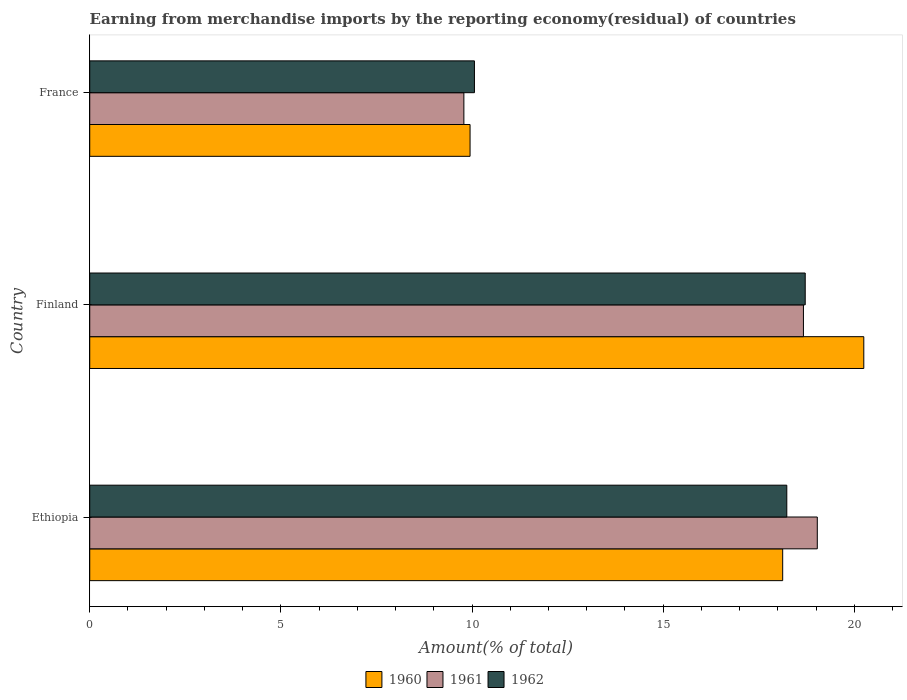
| Country | 1960 | 1961 | 1962 |
 | --- | --- | --- | --- |
 | Ethiopia | 18.1 | 19 | 18.2 |
 | Finland | 20.2 | 18.7 | 18.7 |
 | France | 9.95 | 9.79 | 10.1 |